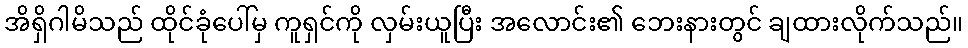
အိရှိဂါမိသည် ထိုင်ခုံပေါ်မှ ကူရှင်ကို လှမ်းယူပြီး အလောင်း၏ ဘေးနားတွင် ချထားလိုက်သည်။